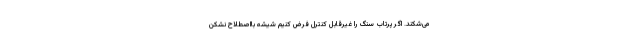
می‌شکند. اگر پرتاب سنگ را غیرقابل کنترل فرض کنیم شیشه‌ بااصطلاح نشکن